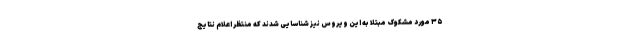
۳۵ مورد مشکوک مبتلا به این ویروس نیز شناسایی شدند که منتظر اعلام نتایج